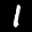
Label: 1